Reports on military cantonments and civil stations in the Presidency of Bombay inspected by the Sanitary Commissioner in the years 1875 and 1876
Year: 1875
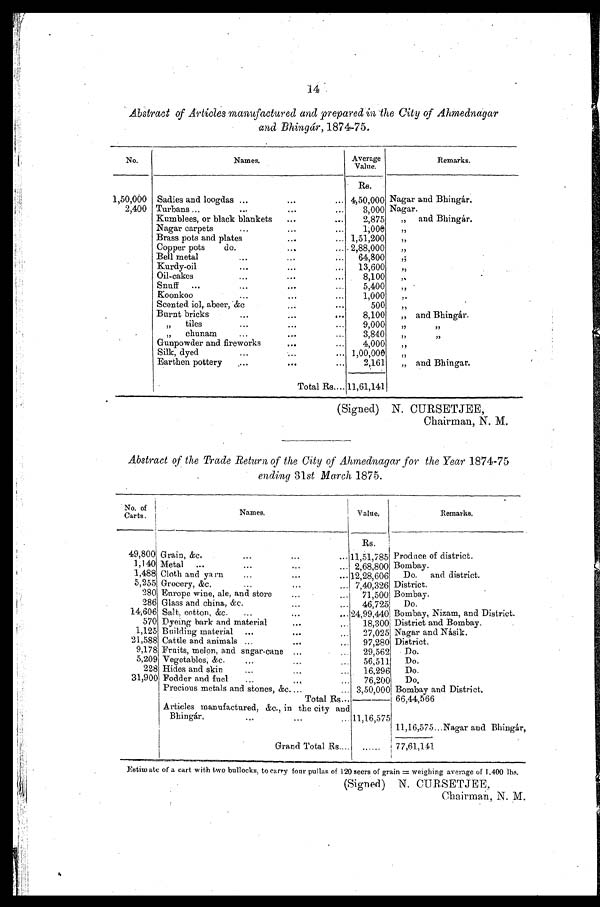
14
Abstract of Articles manufactured and prepared in The City of Aldnednagar
and Bhingár, 1874-75.
No.
Names.
Average
Value.
Remarks.
Rs.
1,50,000 Sadies and loogdas ...
...
... 4,50,000 Nagar and Bhingár.
2,400 Turbans ...
...
...
3,000 Nagar.
Kumblees, or black blankets
...
...
2,875
,, and Bhingár.
Nagar carpets
...
...
...
1,000
, ,
Brass pots and plates
...
... 1,51,200
,,
Copper pots
do.
...
... 2,88,000
,,
Bell metal
...
...
...
64,800
,,
Kurdy-oil
...
...
...
13,600
„
Oil-cakes
...
...
...
8,100
,,
Snuff
...
...
...
5,400
„
Koonkoo
...
...
...
1,000
,.
Scented iol,. abeer, &c
...
...
500
,,
Burnt bricks
...
...
...
8,100
„ and Bhingar.
,,
tiles
... ... ...
9,000
„
,,
,, chunam
...
...
...
3,840
,,
,,
Gunpowder and fireworks
...
...
4,000
„
Silk, dyed
...
...
... 1,00,000
„
Earthen pottery
....
...
...
2,161
,, and Bhingar.
Total Rs.... 11,61,141
(Signed) N. CURSETJEE,
Chairman, N. M.
Abstract of the Trade Return of the City of Ahmednagar for the Year 1874-75
ending 31 st March 1875.
No. of
Carts.
N a m e s .
Value.
R e m a r k s .
Rs.
49,800 Grain, &c.
... ...
11,51,785 Produce of district.
1,140 Metal
... ...
....
... 2,68,800 Bombay.
1,488 Cloth and yarn
...
...
... 12,28,606
Do.
and district.
5,255 Grocery, &c,
...
... ...
7,40,326 District.
280 Europe wine, ale, and store
...
...
71,500 Bombay.
286 Glass and china, &c,
...
...
46,725
Do.
14,606 Salt, cotton, &c.
...
...
... 24,99,4401 Bombay, Nizam, and District.
570 Dyeing bark and material
...
...
18,300 District and Bombay.
1,125 Building material ...
... ...
27,025 Nagar and Násik.
21,588 Cattle and animals ...
...
...
97,280 District.
9,178 Fruits, melon, and sugar-cane
. . .
. . .
29,562
Do.
5,209 Vegetables; &c.
...
...
...
56,511
Do.
228 Hides and skin
. . .
... . . .
16,296
Do.
31,900 Fodder and fuel
...
...
...
76,200
Do.
Precious metals and stones, &c. ...
... 3,50,000 Bombay and District.
Total Rs...
66,44,566
Articles manufactured, &c., in the city and
Bhingár,
...
...
...
11,16,575
11,16,575...Nagar and Bhingár,
Grand Total Rs....
......
77,61,141
Estimate of a cart with two bullocks, to carry four pullas of 120 seers of grain = weighing average of 1,400 lbs.
(Signed) N. CURSETJEE
Chairman, N. M.